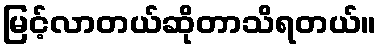
မြင့်လာတယ်ဆိုတာသိရတယ်။